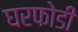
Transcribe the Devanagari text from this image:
घरफोडी